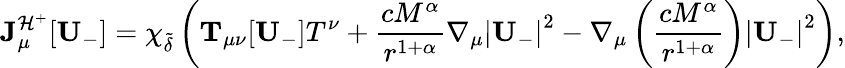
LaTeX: {\mathbf J}_{\mu}^{\mathcal{H}^{+}}[\mathbf{U}_{-}]=\chi_{\widetilde{\delta}}\left(\mathbf{T}_{\mu\nu}[\mathbf{U}_{-}]T^{\nu}+\frac{cM^{\alpha}}{r^{1+\alpha}}\nabla_{\mu}\left|\mathbf{U}_{-}\right|^{2}-\nabla_{\mu}\left(\frac{cM^{\alpha}}{r^{1+\alpha}}\right)\left|\mathbf{U}_{-}\right|^{2}\right),